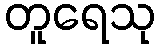
တူရေသု